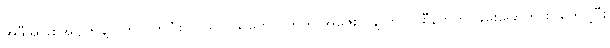
အဲဒီအဖြစ်အပျက်နဲ့ ပတ်သက်ပြီး လုယက်သူတွေဘက်က အိုဇေးလ်နဲ့ ကိုလာစီနက်ကို ခြိမ်းခြောက် စာတွေပို့ပြီး